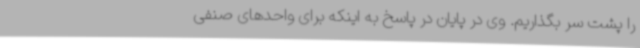
را پشت سر بگذاریم. وی در پایان در پاسخ به اینکه برای واحدهای صنفی